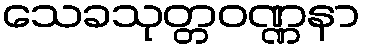
သေခသုတ္တဝဏ္ဏနာ